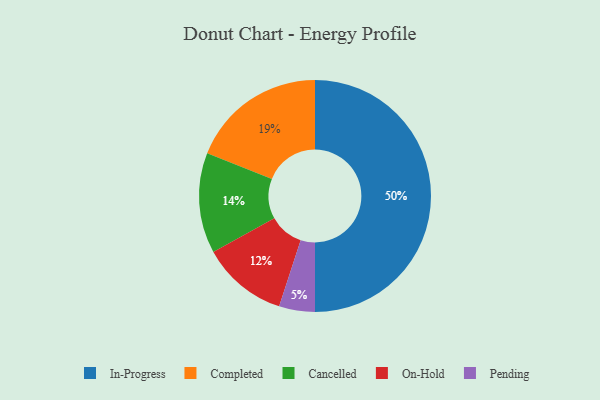
{"axis": {"x": "Category", "y": "Percentage"}, "legend": ["Cancelled", "Completed", "In-Progress", "On-Hold", "Pending"], "data": [{"x": "In-Progress", "y": 50, "type": "In-Progress"}, {"x": "Cancelled", "y": 14, "type": "Cancelled"}, {"x": "Completed", "y": 19, "type": "Completed"}, {"x": "Pending", "y": 5, "type": "Pending"}, {"x": "On-Hold", "y": 12, "type": "On-Hold"}]}